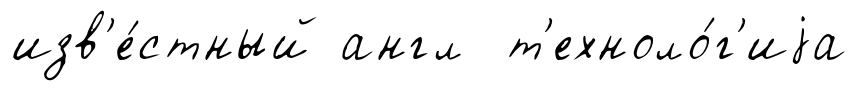
изв'е́стный англ т'ехноло́г'иjа